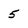
Character: 5